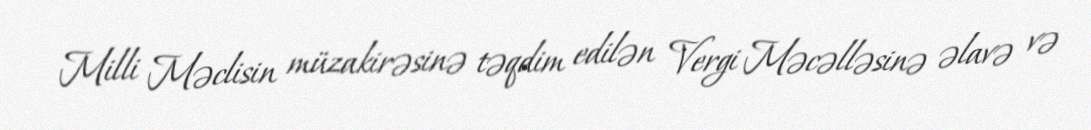
Milli Məclisin müzakirəsinə təqdim edilən Vergi Məcəlləsinə əlavə və